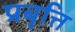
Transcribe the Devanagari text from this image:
प्रबृत्ति